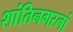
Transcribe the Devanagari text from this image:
शांतिनगरनां